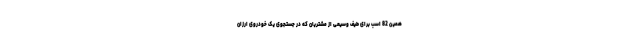
همین 82 اسب برای طیف وسیعی از مشتریان که در جستجوی یک خودروی ارزان